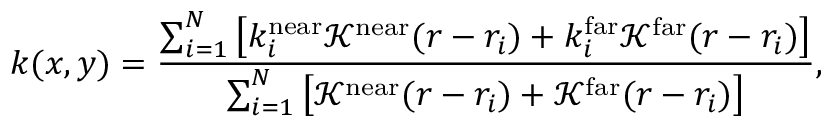
k ( x , y ) = \frac { \sum _ { i = 1 } ^ { N } \left[ k _ { i } ^ { \mathrm { n e a r } } \mathcal { K } ^ { \mathrm { n e a r } } ( r - r _ { i } ) + k _ { i } ^ { \mathrm { f a r } } \mathcal { K } ^ { \mathrm { f a r } } ( r - r _ { i } ) \right] } { \sum _ { i = 1 } ^ { N } \left[ \mathcal { K } ^ { \mathrm { n e a r } } ( r - r _ { i } ) + \mathcal { K } ^ { \mathrm { f a r } } ( r - r _ { i } ) \right] } ,